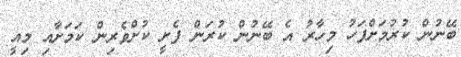
ބޭނުން ކުރުމަށްފަހު މިހާރު އެ ބޭނުން ކުރަން ފެށީ ކުށްވެރިން ކަމަށާއި މިއީ